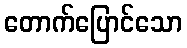
တောက်ပြောင်သော